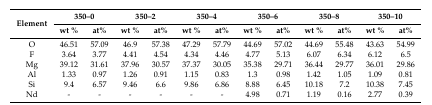
<table><thead><tr><td rowspan="2"><b>Element</b></td><td colspan="2"><b>350–0</b></td><td colspan="2"><b>350–2</b></td><td colspan="2"><b>350–4</b></td><td colspan="2"><b>350–6</b></td><td colspan="2"><b>350–8</b></td><td colspan="2"><b>350–10</b></td></tr><tr><td><b>wt %</b></td><td><b>at%</b></td><td><b>wt %</b></td><td><b>at%</b></td><td><b>wt %</b></td><td><b>at%</b></td><td><b>wt %</b></td><td><b>at%</b></td><td><b>wt %</b></td><td><b>at%</b></td><td><b>wt %</b></td><td><b>at%</b></td></tr></thead><tbody><tr><td>O</td><td>46.51</td><td>57.09</td><td>46.9</td><td>57.38</td><td>47.29</td><td>57.79</td><td>44.69</td><td>57.02</td><td>44.69</td><td>55.48</td><td>43.63</td><td>54.99</td></tr><tr><td>F</td><td>3.64</td><td>3.77</td><td>4.41</td><td>4.54</td><td>4.34</td><td>4.46</td><td>4.77</td><td>5.13</td><td>6.07</td><td>6.34</td><td>6.12</td><td>6.5</td></tr><tr><td>Mg</td><td>39.12</td><td>31.61</td><td>37.96</td><td>30.57</td><td>37.37</td><td>30.05</td><td>35.38</td><td>29.71</td><td>36.44</td><td>29.77</td><td>36.01</td><td>29.86</td></tr><tr><td>Al</td><td>1.33</td><td>0.97</td><td>1.26</td><td>0.91</td><td>1.15</td><td>0.83</td><td>1.3</td><td>0.98</td><td>1.42</td><td>1.05</td><td>1.09</td><td>0.81</td></tr><tr><td>Si</td><td>9.4</td><td>6.57</td><td>9.46</td><td>6.6</td><td>9.86</td><td>6.86</td><td>8.88</td><td>6.45</td><td>10.18</td><td>7.2</td><td>10.38</td><td>7.45</td></tr><tr><td>Nd</td><td>-</td><td>-</td><td>-</td><td>-</td><td>-</td><td>-</td><td>4.98</td><td>0.71</td><td>1.19</td><td>0.16</td><td>2.77</td><td>0.39</td></tr></tbody></table>